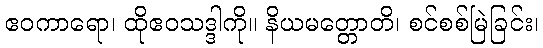
ဧဝကာရော၊ ထိုဧဝသဒ္ဒါကို။ နိယမတ္တောတိ၊ စင်စစ်မြဲခြင်း၊